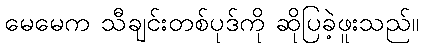
မေမေက သီချင်းတစ်ပုဒ်ကို ဆိုပြခဲ့ဖူးသည်။